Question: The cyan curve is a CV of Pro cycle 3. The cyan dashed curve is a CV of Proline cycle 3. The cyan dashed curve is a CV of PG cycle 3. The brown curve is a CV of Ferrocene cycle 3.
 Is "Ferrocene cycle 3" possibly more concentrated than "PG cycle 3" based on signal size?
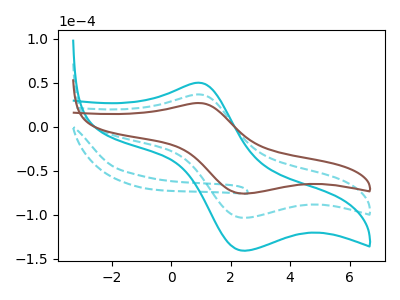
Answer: <think>The cyan curve "Pro cycle 3" has an anodic peak at (0.95V, 73.65uA) and a cathodic peak at (2.50V, -207.10uA). The cyan dashed curve "Proline cycle 3" has no peaks. The cyan dashed curve "PG cycle 3" has an anodic peak at (0.95V, 36.80uA) and a cathodic peak at (2.50V, -103.55uA). The brown curve "Ferrocene cycle 3" has an anodic peak at (0.95V, 27.05uA) and a cathodic peak at (2.50V, -76.05uA).
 All the peaks in "Ferrocene cycle 3" have a peak in "PG cycle 3" at the same potential. Every peak in "Ferrocene cycle 3" is lower than every peak in "PG cycle 3".</think>
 <answer>"Ferrocene cycle 3" has less signal than "PG cycle 3".</answer>
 <eval>less_signal</eval>